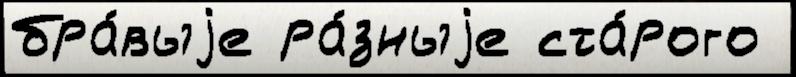
бра́выjе ра́зныjе ста́рого